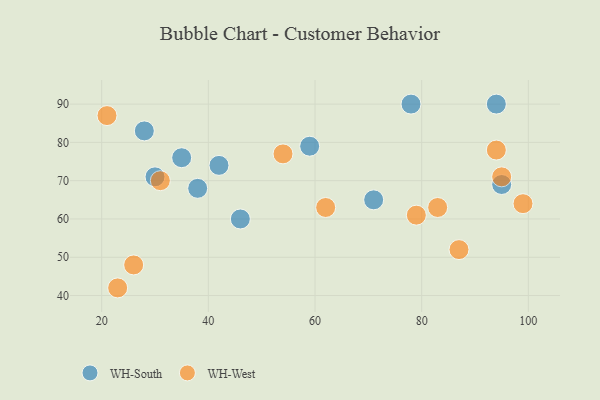
{"axis": {"x": "GDP", "y": "Life Expectancy"}, "legend": ["WH-South", "WH-West"], "data": [{"x": "30", "y": 71, "type": "WH-South"}, {"x": "78", "y": 90, "type": "WH-South"}, {"x": "38", "y": 68, "type": "WH-South"}, {"x": "95", "y": 69, "type": "WH-South"}, {"x": "42", "y": 74, "type": "WH-South"}, {"x": "59", "y": 79, "type": "WH-South"}, {"x": "46", "y": 60, "type": "WH-South"}, {"x": "35", "y": 76, "type": "WH-South"}, {"x": "71", "y": 65, "type": "WH-South"}, {"x": "28", "y": 83, "type": "WH-South"}, {"x": "94", "y": 90, "type": "WH-South"}, {"x": "31", "y": 70, "type": "WH-West"}, {"x": "21", "y": 87, "type": "WH-West"}, {"x": "94", "y": 78, "type": "WH-West"}, {"x": "62", "y": 63, "type": "WH-West"}, {"x": "54", "y": 77, "type": "WH-West"}, {"x": "83", "y": 63, "type": "WH-West"}, {"x": "95", "y": 71, "type": "WH-West"}, {"x": "99", "y": 64, "type": "WH-West"}, {"x": "26", "y": 48, "type": "WH-West"}, {"x": "23", "y": 42, "type": "WH-West"}, {"x": "79", "y": 61, "type": "WH-West"}, {"x": "87", "y": 52, "type": "WH-West"}]}